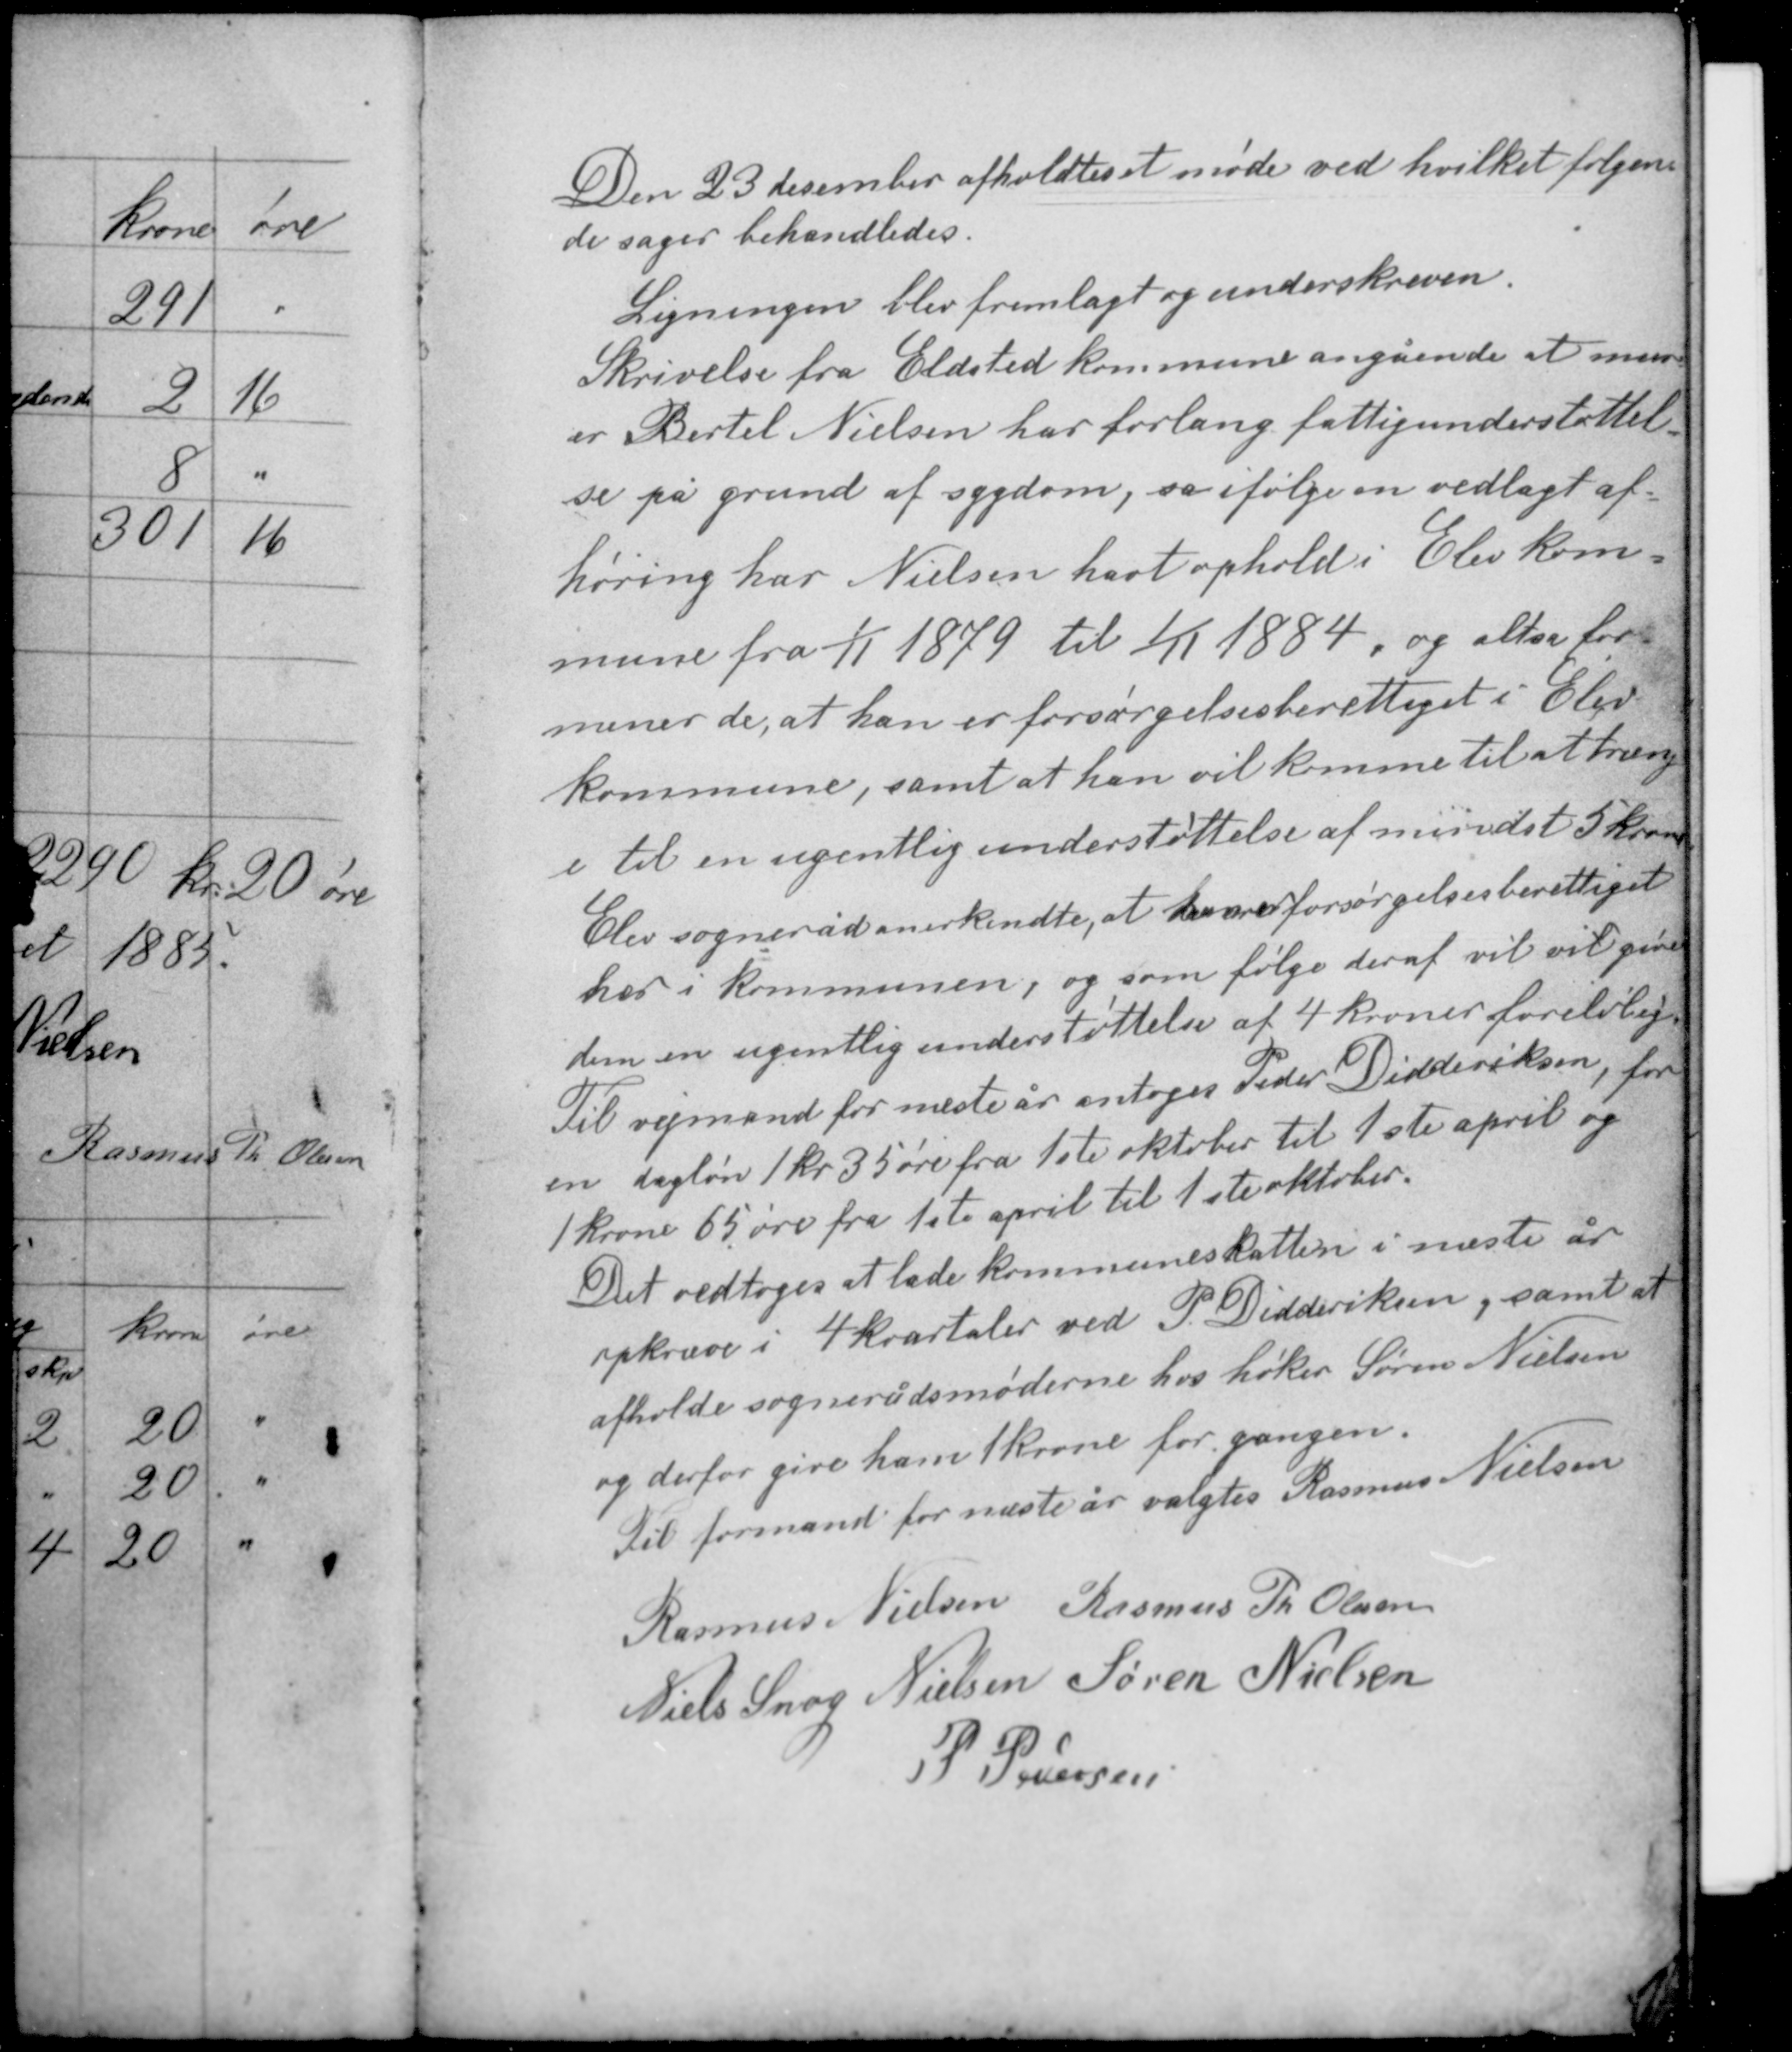
Transskription:
Den 23 december afholdtes et møde ved hvilket følgen-
de sager behandledes.

Ligningen blev fremlagt og underskreven.
Skrivelse fra Eldsted kommune angående at mur-
er Bertel Nielsen har forlang fattigunderstøttel-
se på grund af sygdom, sa ifølge en vedlagt af-
høring har Nielsen havt ophold i Elev kom-

mune fra 1/11 1879 til 1/11 1884, og altså for-
mener de, at han er forsørgelsesberettiget i Elev
kommune, samt at han vil komme til at træng-
e til en ugentlig understøttelse af mindst 5 kroner.
Elev sogneråd anerkendte, at han er forsørgelsesberettiget
her i kommunen, og som følge deraf vil vil give
dem en ugentlig understøttelse af 4 kroner foreløbig.
Til vejmand for næste år antoges Peder Didderiksen, for
en dagløn 1 kr 35 øre fra 1ste oktober til 1ste april og
1 krone 65 øre fra 1ste april til 1ste oktober.

Det vedtoges at lade kommuneskatten i næste år
opkræve i 4 kvartaler ved P Didderiksen, samt at
afholde sognerådsmøderne hos høker Søren Nielsen
og derfor give ham 1 krone for gangen.
Til formand for næste år valgtes Rasmus Nielsen

Rasmus Nielsen Rasmus Th Olesen
Niels Snog Nielsen Søren Nielsen
P. Pedersen